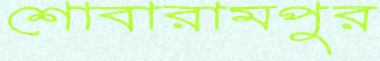
শোবারামপুর